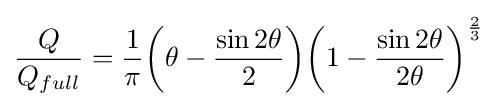
{\frac {Q}{{Q}_{full}}}={\frac {1}{\pi }}{\biggl (}\theta -{\frac {\sin 2\theta }{2}}{\biggr )}{{{\biggl (}1-{\frac {\sin 2\theta }{2\theta }}{\biggr )}}^{\frac {2}{3}}}